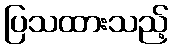
ပြသထားသည့်